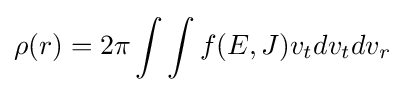
\rho (r)=2\pi \int \int f(E,J)v_{t}dv_{t}dv_{r}